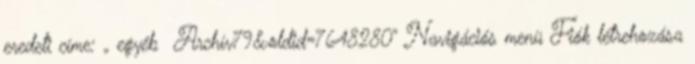
eredeti címe: „ egyéb Archív79&oldid=7648280” Navigációs menü Fiók létrehozása